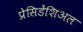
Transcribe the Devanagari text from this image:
प्रेसिडेंशिअल